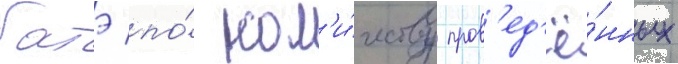
батэ по́ кол'и́честву пров'ед'ё́нных